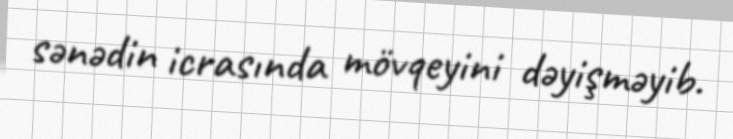
sənədin icrasında mövqeyini dəyişməyib.